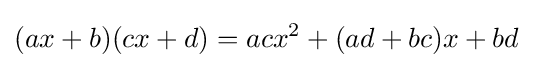
(ax+b)(cx+d)=acx^{2}+(ad+bc)x+bd